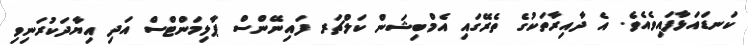
ކަނޑައަޅާފައިވެއެވެ. އެ ދާއިރާތަކުގެ ތެރޭގައި އެމްބިޝަން ކަލްޗަރ ފައިނޭންސް ޕާލިމަންޓްސް އަދި އިޔާދަކުރަނިވި